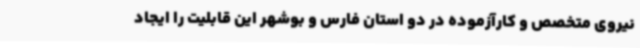
نیروی متخصص و کارآزموده در دو استان فارس و بوشهر این قابلیت را ایجاد